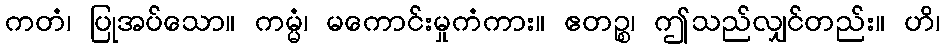
ကတံ၊ ပြုအပ်သော။ ကမ္မံ၊ မကောင်းမှုကံကား။ ဧတဉ္စ၊ ဤသည်လျှင်တည်း။ ဟိ၊